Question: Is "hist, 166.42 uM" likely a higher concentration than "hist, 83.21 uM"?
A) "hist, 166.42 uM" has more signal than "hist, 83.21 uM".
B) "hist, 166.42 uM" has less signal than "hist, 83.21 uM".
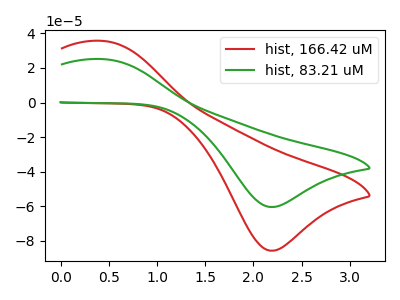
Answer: <think>The red curve "hist, 166.42 uM" has an anodic peak at (0.45V, 35.65uA) and a cathodic peak at (2.20V, -85.65uA). The green curve "hist, 83.21 uM" has an anodic peak at (0.45V, 25.15uA) and a cathodic peak at (2.20V, -60.40uA).
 All the peaks in "hist, 166.42 uM" have a peak in "hist, 83.21 uM" at the same potential. Every peak in "hist, 166.42 uM" is higher than every peak in "hist, 83.21 uM".</think>
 <answer>A) "hist, 166.42 uM" has more signal than "hist, 83.21 uM".</answer>
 <eval>A</eval>